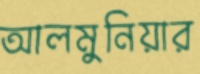
আলমুনিয়ার